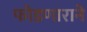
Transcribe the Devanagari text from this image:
फोडणाराने